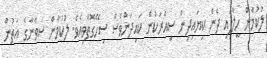
ލުކުމާން ހީލާފައި ދެން ކިޔައިދިން ސިއްރަކުން ކައިދަންވެސް ސިހޭގޮތްވިއެވެ. ލުކުމާން ސަވާނާގެ އަތުން